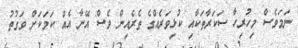
ނަމަވެސް މިހުރިހާ ސަކަރާތަކާއި ކުޅިވަރެއްގެ ތެރެއިން ވެސް އޭނާ އެއް ކަމަކަށް ވަގުތު